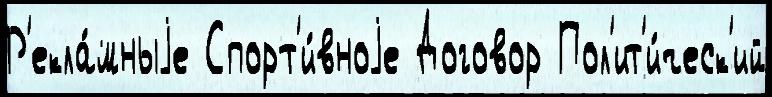
Р'екла́мныjе Спорт'и́вноjе Договор Пол'ит'и́ческ'ий